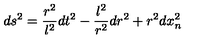
d s ^ { 2 } = \frac { r ^ { 2 } } { l ^ { 2 } } d t ^ { 2 } - \frac { l ^ { 2 } } { r ^ { 2 } } d r ^ { 2 } + r ^ { 2 } d x _ { n } ^ { 2 }